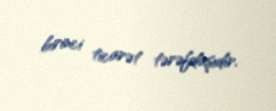
birinci ticarət tərəfdaşıdır.